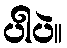
ပါပဲ။